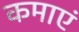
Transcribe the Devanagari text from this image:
कमाएं